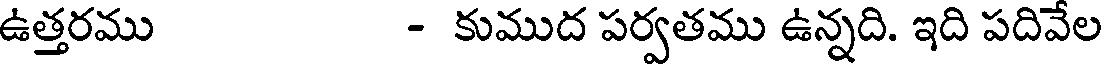
ఉత్తరము - కుముద పర్వతము ఉన్నది. ఇది పదివేల